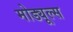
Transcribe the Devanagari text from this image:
मोड्यूल्स